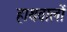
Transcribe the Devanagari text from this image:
हाथवालों